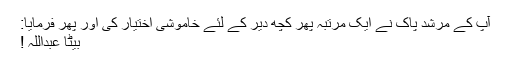
آپ کے مرشد پاک نے ایک مرتبہ پھر کچھ دیر کے لئے خاموشی اختیار کی اور پھر فرمایا:
بیٹا عبداللہ !